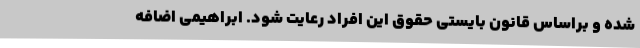
شده و براساس قانون بایستی حقوق این افراد رعایت شود. ابراهیمی اضافه